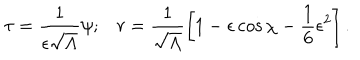
LaTeX: \tau = \frac { 1 } { \epsilon \sqrt { \Lambda } } \psi ; r = \frac { 1 } { \sqrt { \Lambda } } \left[ 1 - \epsilon \cos \chi - \frac { 1 } { 6 } \epsilon ^ { 2 } \right] .